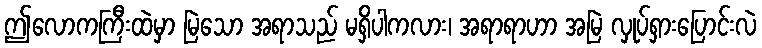
ဤလောကကြီးထဲမှာ မြဲသော အရာသည် မရှိပါကလား၊ အရာရာဟာ အမြဲ လှုပ်ရှားပြောင်းလဲ